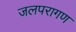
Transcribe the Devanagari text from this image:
जलपरागण